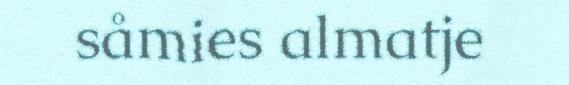
såmies almatje